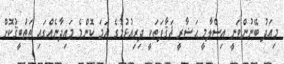
މިއަދު ބޭނުންވަނީ އިސްލާމީ ޙަޟާރީ ޘަޤާފަތަކީ ދިރިއުޅުމުގެ ހަމަ ކޮންމެ މައިދާނެއްގައި ތަޠުބީޤުކޮށް